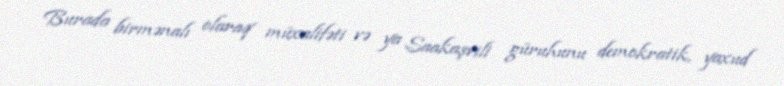
Burada birmənalı olaraq müxalifəti və ya Saakaşvili güruhunu demokratik, yaxud